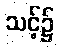
သင့်၌